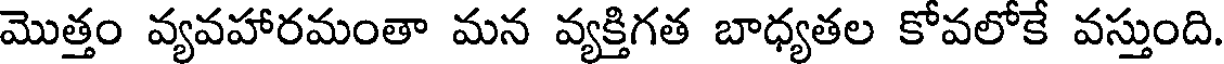
మొత్తం వ్యవహారమంతా మన వ్యక్తిగత బాధ్యతల కోవలోకే వస్తుంది